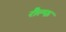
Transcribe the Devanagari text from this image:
रौल्फ